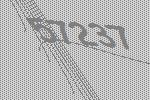
57237